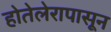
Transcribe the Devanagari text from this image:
होतेलेरापासून